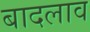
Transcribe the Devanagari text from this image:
बादलाव